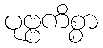
ပုဗ္ဗကိစ္စာ